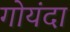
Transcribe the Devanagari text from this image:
गोयंदा